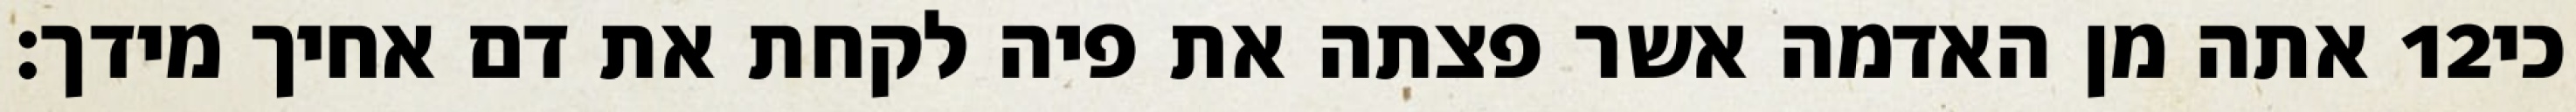
אתה מן האדמה אשר פצתה את פיה לקחת את דם אחיך מידך׃ ‎12‏ כי